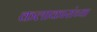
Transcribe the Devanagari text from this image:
कलाकारांच्‍या